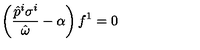
\left( \frac { \hat { p } ^ { i } \sigma ^ { i } } { \hat { \omega } } - \alpha \right) f ^ { 1 } = 0